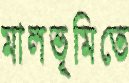
মালভূমিতে